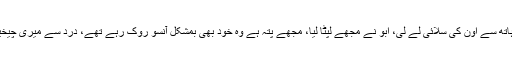
صمد نے میرے ہاتھ سے اون کی سلائی لے لی، ابو نے مجھے لپٹا لیا، مجھے پتہ ہے وہ خود بھی بمشکل آنسو روک رہے تھے، درد سے میری چیخیں نکل رہی تھیں۔